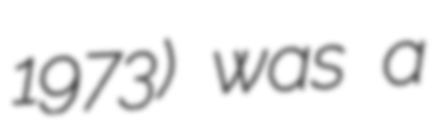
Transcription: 1973) was a